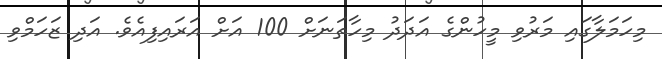
މިހަމަލާގައި މަރުވި މީހުންގެ އަދަދު މިހާތަނަށް 100 އަށް އަރައިފިއެވެ. އަދި ޒަހަމްވި